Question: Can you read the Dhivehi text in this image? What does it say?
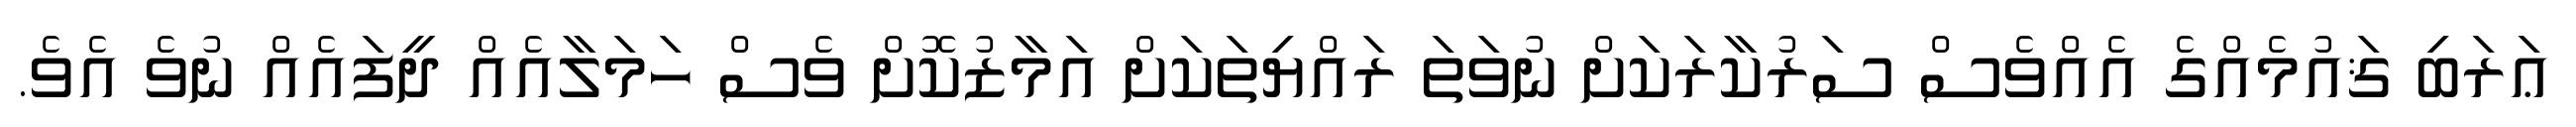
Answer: ޢަރަބި ޤައުމެއްގެ އެއްވެސް ސަރުކާރަކަށް ނުވަތަ ރައްޔިތަކަށް އަމާޒުކޮށް ވެސް ހަމަލާއެއް ދީފައެއް ނުވެ އެވެ.